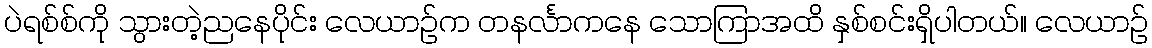
ပဲရစ်စ်ကို သွားတဲ့ညနေပိုင်း လေယာဉ်က တနင်္လာကနေ သောကြာအထိ နှစ်စင်းရှိပါတယ်။ လေယာဉ်